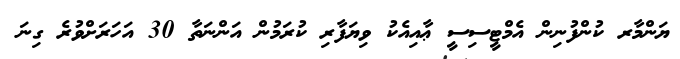
ޔަންމާރ ކުންފުނިން އެމްޓީސިސީ ޢާއިއެކު ވިޔަފާރި ކުރަމުން އަންނަތާ 30 އަހަރަށްވުރެ ގިނަ